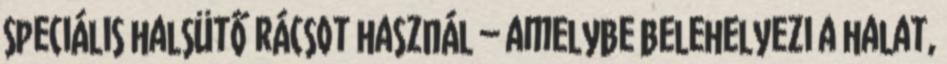
speciális halsütő rácsot használ – amelybe belehelyezi a halat,